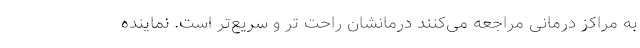
به مراکز درمانی مراجعه می‌کنند درمانشان راحت تر و سریع‌تر است. نماینده